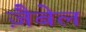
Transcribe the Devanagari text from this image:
ज़ैबेल